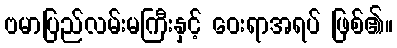
ဗမာပြည်လမ်းမကြီးနှင့် ဝေးရာအရပ် ဖြစ်၏။